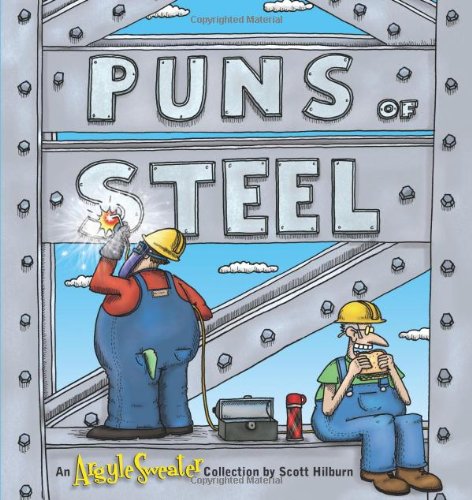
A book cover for Puns of Steel (Argyle Sweater Collections); Scott Hilburn; Humor & Entertainment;